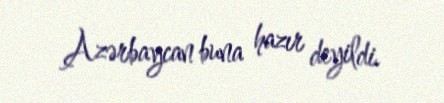
Azərbaycan buna hazır deyildi.